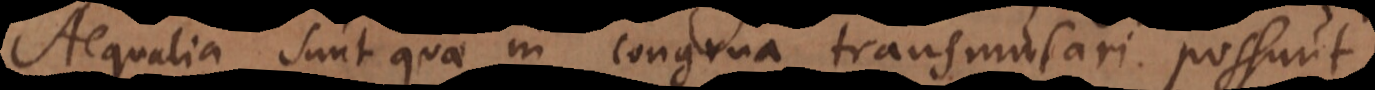
Aequalia sunt quae in congrua transmutari possunt,